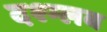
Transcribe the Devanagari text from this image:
दश्म्लब